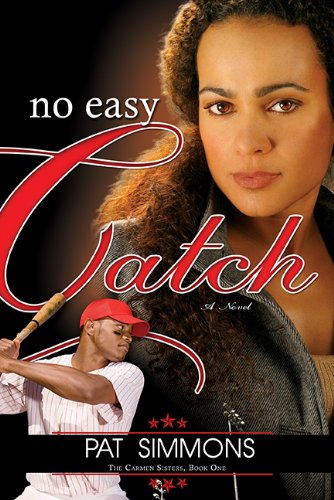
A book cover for No Easy Catch (Carmen Sisters V1); Pat Simmons; Literature & Fiction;